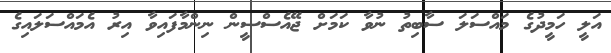
އަލީ ހަމީދުގެ މައްސަލަ ސާބިތު ނުވާ ކަމަށް ޖޭއެސްސީން ނިންމާފައިވާ އިރު އެމައްސަލައިގެ